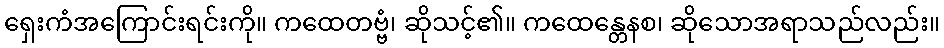
ရှေးကံအကြောင်းရင်းကို။ ကထေတဗ္ဗံ၊ ဆိုသင့်၏။ ကထေန္တေနစ၊ ဆိုသောအရာသည်လည်း။